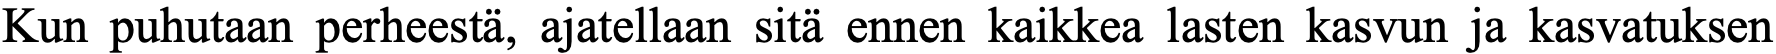
Kun puhutaan perheestä, ajatellaan sitä ennen kaikkea lasten kasvun ja kasvatuksen